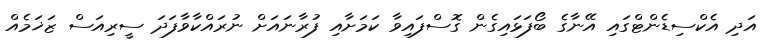
އަދި އެކްސިޑެންޓްގައި އޭނާގެ ބޯފަޅައިގެން ގޮސްފައިވާ ކަމަށާއި ފުރާނައަށް ނުރައްކާވާފަދަ ސީރިއަސް ޒަޚަމެއް